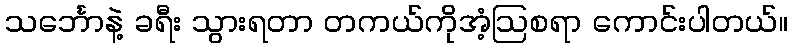
သင်္ဘောနဲ့ ခရီး သွားရတာ တကယ်ကိုအံ့ဩစရာ ကောင်းပါတယ်။